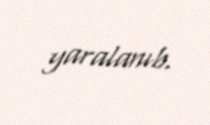
yaralanıb.